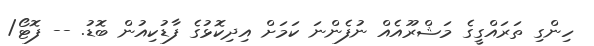
ހިންގި ތަރައްގީގެ މަޝްރޫއެއް ނުފެންނަ ކަމަށް އިދިކޮޅުގެ ފާޑުކިއުން ބޮޑު. -- ފޮޓޯ/